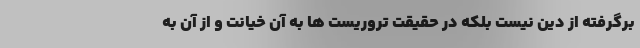
برگرفته از دین نیست بلکه در حقیقت تروریست ها به آن خیانت و از آن به